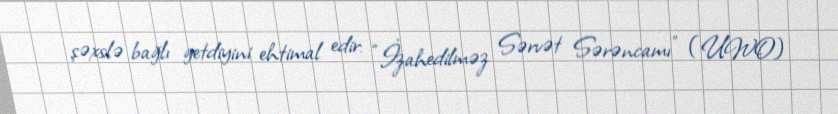
şəxslə bağlı getdiyini ehtimal edir: “İzahedilməz Sərvət Sərəncamı” (UWO)